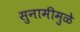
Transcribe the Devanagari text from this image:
सुनामीमुळे